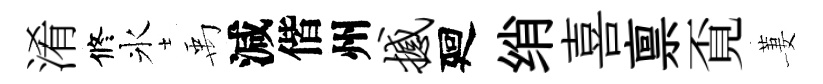
淆修氷禹減偕州撼廻绡喜禀覔萋